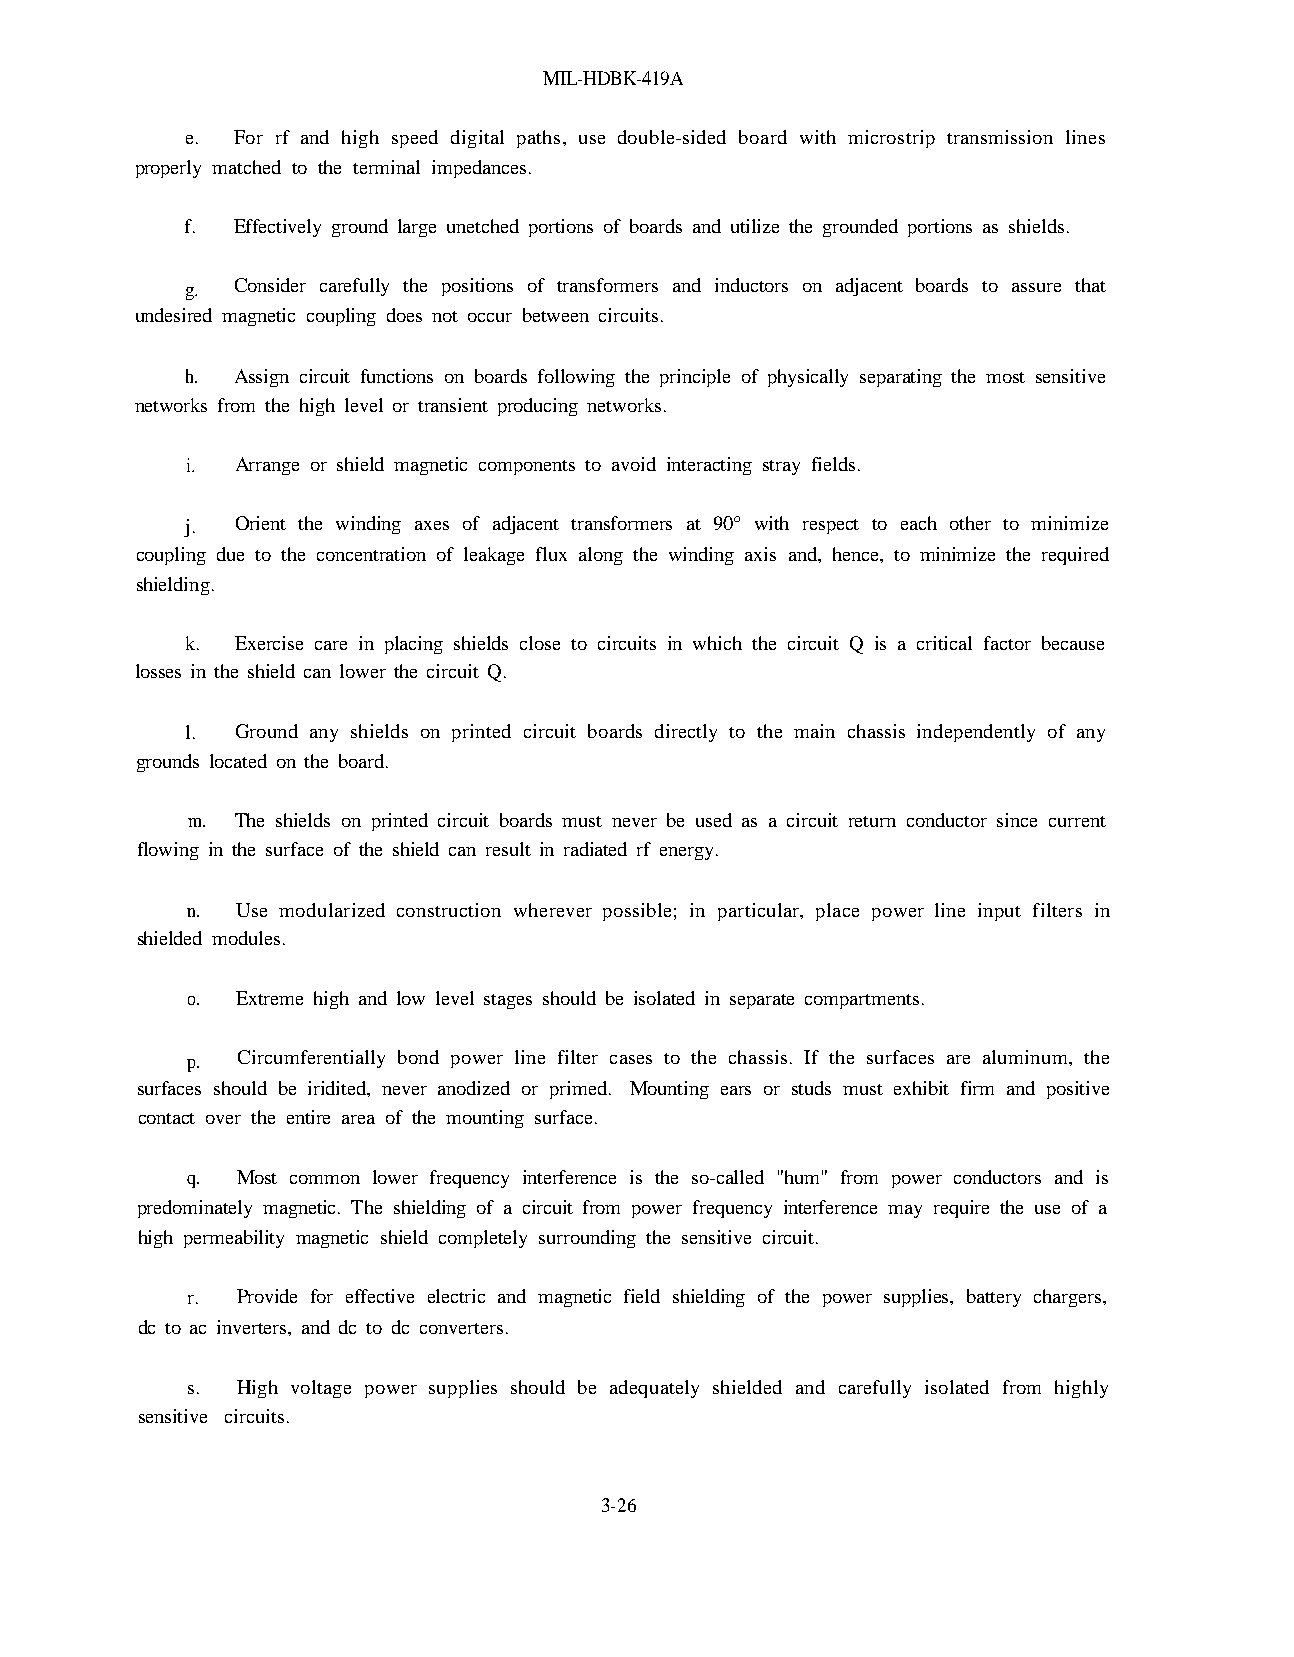
MIL-HDBK-419A
 e. For rf and high speed digital paths, use double-sided board with microstrip transmission lines
 properly matched to the terminal impedances.
 f. Effectively ground large unetched portions of boards and utilize the grounded portions as shields.
 g. Consider carefully the positions of transformers and inductors on adjacent boards to assure that
 undesired magnetic coupling does not occur between circuits.
 h. Assign circuit functions on boards following the principle of physically separating the most sensitive
 networks from the high level or transient producing networks.
 i.  Arrange or shield magnetic components to avoid interacting stray fields.
 j.  Orient the winding axes of adjacent transformers at 90° with respect to each other to minimize
 coupling due to the concentration of leakage flux along the winding axis and, hence, to minimize the required
 shielding.
 k.  Exercise care in placing shields close to circuits in which the circuit Q is a critical factor because
 losses in the shield can lower the circuit Q.
 l.  Ground any shields on printed circuit boards directly to the main chassis independently of any
 grounds located on the board.
 m.  The shields on printed circuit boards must never be used as a circuit return conductor since current
 flowing in the surface of the shield can result in radiated rf energy.
 n.  Use modularized construction wherever possible; in particular, place power line input filters in
 shielded modules.
 o.  Extreme high and low level stages should be isolated in separate compartments.
 p.  Circumferentially bond power line filter cases to the chassis. If the surfaces are aluminum, the
 surfaces should be iridited, never anodized or primed. Mounting ears or studs must exhibit firm and positive
 contact over the entire area of the mounting surface.
 q.  Most common lower frequency interference is the so-called "hum" from power conductors and is
 predominately magnetic. The shielding of a circuit from power frequency interference may require the use of a
 high permeability magnetic shield completely surrounding the sensitive circuit.
 r.  Provide for effective electric and magnetic field shielding of the power supplies, battery chargers,
 dc to ac inverters, and dc to dc converters.
 s.  High voltage power supplies should be adequately shielded and carefully isolated from highly
 sensitive circuits.
 3-26